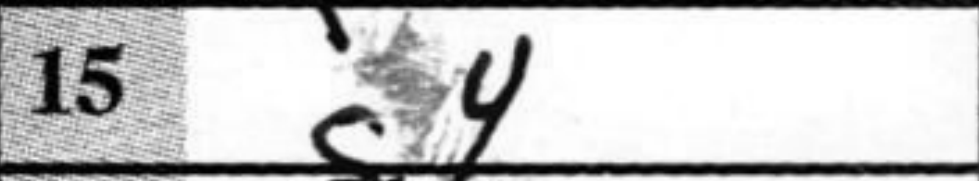
Transcription: g4